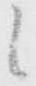
候